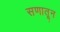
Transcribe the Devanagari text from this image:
सणातून